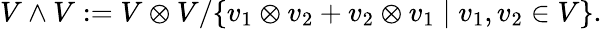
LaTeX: V\wedge V:=V\otimes V/\{ v_{1}\otimes v_{2}+v_{2}\otimes v_{1}\mid v_{1},v_{2}\in V\} .